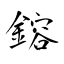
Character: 鎔